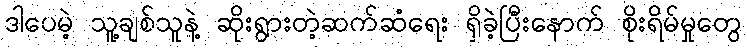
ဒါပေမဲ့ သူ့ချစ်သူနဲ့ ဆိုးရွားတဲ့ဆက်ဆံရေး ရှိခဲ့ပြီးနောက် စိုးရိမ်မှုတွေ